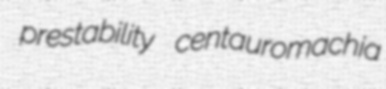
prestability centauromachia